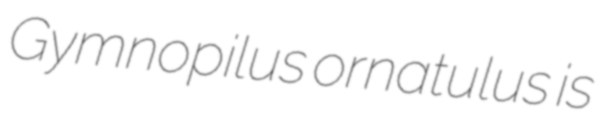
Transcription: Gymnopilus ornatulus is